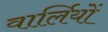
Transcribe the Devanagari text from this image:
वार्लियों